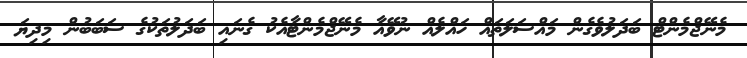
މެނޭޖްމެންޓް ބަދަލުވެގެން މައްސަލަތައް ހައްލެއް ނުވޭއާ މެނޭޖްމެންޓާއެކު ގެނައި ބަދަލުތަކުގެ ސަބަބުން މިދިޔަ